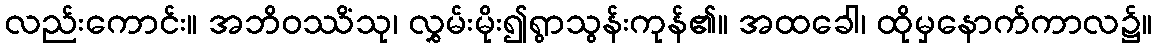
လည်းကောင်း။ အဘိဝဿိံသု၊ လွှမ်းမိုး၍ရွာသွန်းကုန်၏။ အထခေါ၊ ထိုမှနောက်ကာလ၌။